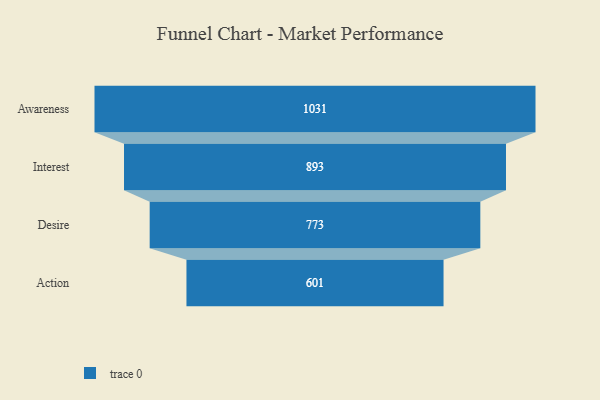
{"axis": {"x": "Stage", "y": "Value"}, "legend": [""], "data": [{"x": "Awareness", "y": 1031.0, "type": ""}, {"x": "Interest", "y": 893.0, "type": ""}, {"x": "Desire", "y": 773.0, "type": ""}, {"x": "Action", "y": 601.0, "type": ""}]}